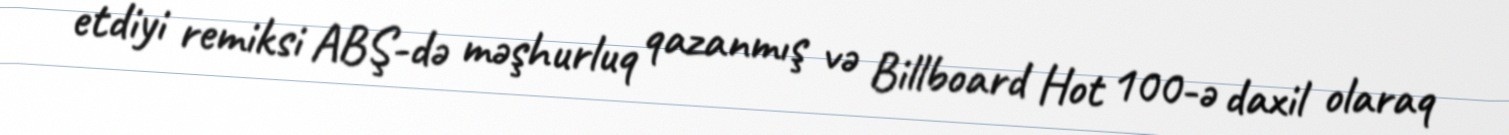
etdiyi remiksi ABŞ-də məşhurluq qazanmış və Billboard Hot 100-ə daxil olaraq